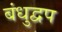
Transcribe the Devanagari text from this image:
बंधुद्वप